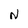
Character: N